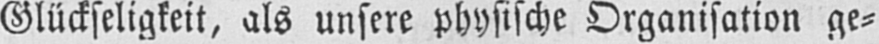
Glückseligkeit, als unsere physische Organisation ge⸗